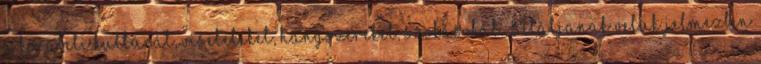
a korabeli kultúrát, viseleteket, hangszereket, szokásokat. Sétáljanak velük jelmezben